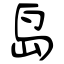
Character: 岛